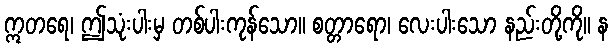
ဣတရေ၊ ဤသုံးပါးမှ တစ်ပါးကုန်သော။ စတ္တာရော၊ လေးပါးသော နည်းတို့ကို။ န